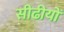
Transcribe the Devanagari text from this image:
सीढीयों